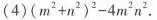
(4)$$(m^{2}+n^{2})^{2}-4m^{2}n^{2}$$.